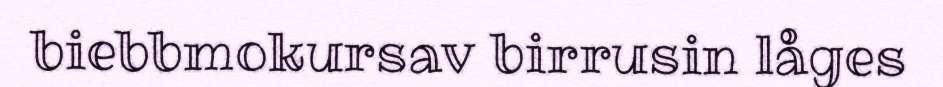
biebbmokursav birrusin låges